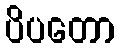
ပိပတော